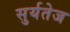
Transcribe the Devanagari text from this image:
सुर्यतेज